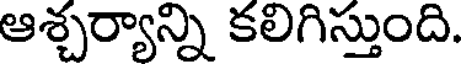
ఆశ్చర్యాన్ని కలిగిస్తుంది.